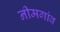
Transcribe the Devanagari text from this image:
नीमगांव